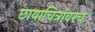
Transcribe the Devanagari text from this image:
छायाचित्रांवरच